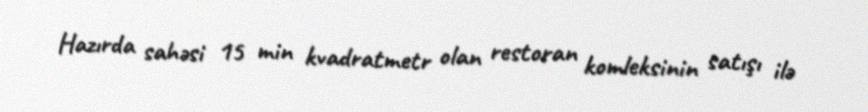
Hazırda sahəsi 15 min kvadratmetr olan restoran komleksinin satışı ilə